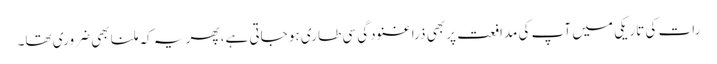
رات کی تاریکی میں آپ کی مدافعت پر بھی ذرا غنودگی سی طاری ہو جاتی ہے، پھر یہ کہ ملنا بھی ضروری تھا۔